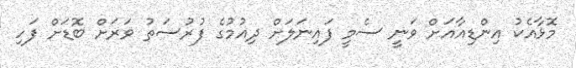
މޮޅާއެކު އިންޑިއާއަށް ވަނީ ސެމީ ފައިނަލަށް ދިއުމުގެ ފުރުސަތު ވަރަށް ބޮޑަށް ފަހި